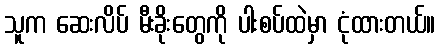
သူက ဆေးလိပ် မီးခိုးတွေကို ပါးစပ်ထဲမှာ ငုံထားတယ်။